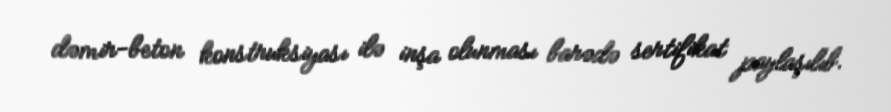
dəmir-beton konstruksiyası ilə inşa olunması barədə sertifikat paylaşılıb.